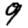
Digit: 9